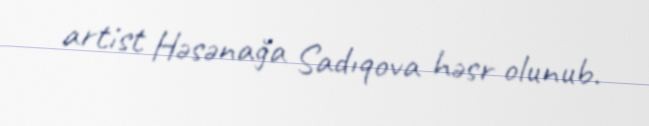
artist Həsənağa Sadıqova həsr olunub.